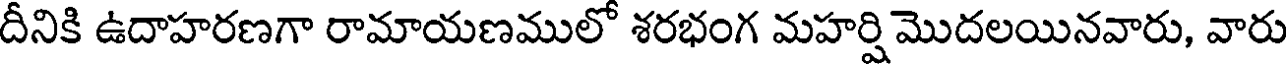
దీనికి ఉదాహరణగా రామాయణములో శరభంగ మహర్షి మొదలయినవారు, వారు